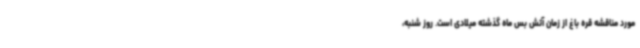
مورد مناقشه قره باغ از زمان آتش بس ماه گذشته میلادی است. روز شنبه،